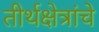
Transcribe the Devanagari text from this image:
तीर्थक्षेत्रांचे